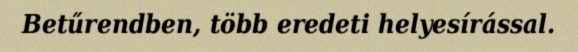
Betűrendben, több eredeti helyesírással.